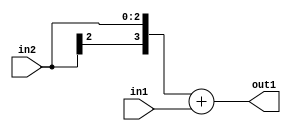
`timescale 1ps / 1ps
/*****************************************************************************
    Verilog RTL Description
    
    
    Created by: Stratus DpOpt 2019.1.01 
*******************************************************************************/

module SobelFilter_Add_3Sx2U_4S_1 (
	in2,
	in1,
	out1
	); /* architecture "behavioural" */ 
input [2:0] in2;
input [1:0] in1;
output [3:0] out1;
wire [3:0] asc001;

assign asc001 = 
	+({in2[2], in2})
	+(in1);

assign out1 = asc001;
endmodule

/* CADENCE  ubLzTwo= : u9/ySgnWtBlWxVPRXgAZ4Og= ** DO NOT EDIT THIS LINE ******/